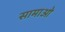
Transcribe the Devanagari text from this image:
सामाओ